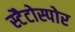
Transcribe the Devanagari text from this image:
स्टैटोस्पोर